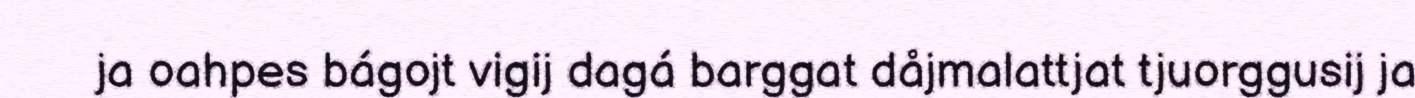
ja oahpes bágojt vigij dagá barggat dåjmalattjat tjuorggusij ja